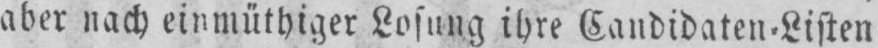
aber nach einmüthiger Losung ihre Candidaten-Listen